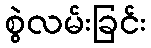
စွဲလမ်းခြင်း